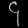
Digit: ၄